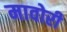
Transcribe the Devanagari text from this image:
मावोरी